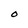
Character: O